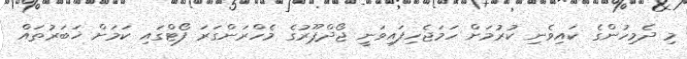
މި ދެމިހުންގެ ކައިވެނި ކުރުމަށް ހަމަޖެހިފައިވަނީ ޖޯދްޕޫރުގެ މެހްރަންގަރަ ފޯޓްގައި ކަމަށް ޚަބަރުތައް